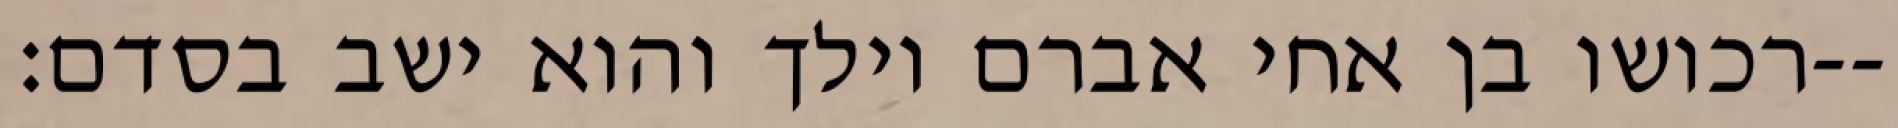
רכושו בן אחי אברם וילך והוא ישב בסדם׃--